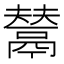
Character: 𩰿